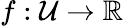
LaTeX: f:\mathcal{U}\to\mathbb{R}